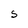
Character: S